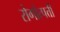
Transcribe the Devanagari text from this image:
रोगोत्पत्ती